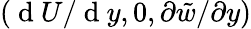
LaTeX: (\mathrm{~d~}U/\mathrm{~d~}y,0,\partial\tilde{{w}}/\partial y)